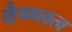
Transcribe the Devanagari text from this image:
वैष्णवत्व